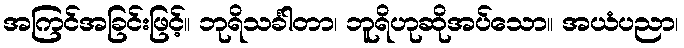
အကြင်အခြင်းဖြင့်။ ဘုရိသင်္ခါတာ၊ ဘူရိဟုဆိုအပ်သော။ အယံပညာ၊